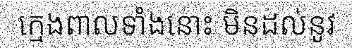
ក្មេងពាលទាំងនោះ មិនដល់នូវ